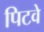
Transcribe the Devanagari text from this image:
पिटवे